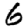
Digit: 6